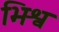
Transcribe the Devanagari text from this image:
भिश्व